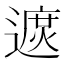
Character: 𨖓